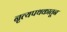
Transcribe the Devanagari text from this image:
नृत्यपथकातून